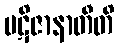
ပဋိဇာနာတီတိ